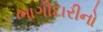
ભાગીદારીનો